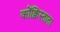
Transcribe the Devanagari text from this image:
कोंक्विस्ताता